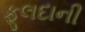
ફૂલદાની